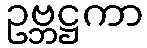
ဥဗ္ဘဋ္ဌကာ